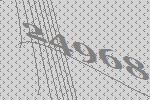
24968